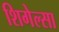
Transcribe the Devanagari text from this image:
शिगेल्सा